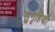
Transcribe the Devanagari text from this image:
सुगृहिणी